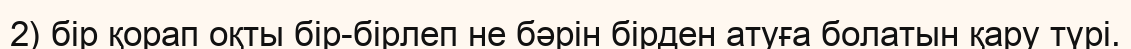
2) бір қорап оқты бір-бірлеп не бәрін бірден атуға болатын қару түрі.